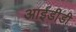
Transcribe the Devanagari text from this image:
आईडीडी